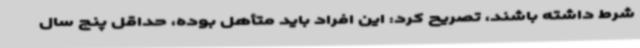
شرط داشته باشند، تصریح کرد: این افراد باید متأهل بوده، حداقل پنج سال